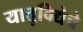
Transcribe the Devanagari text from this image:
यातुविद्येचे